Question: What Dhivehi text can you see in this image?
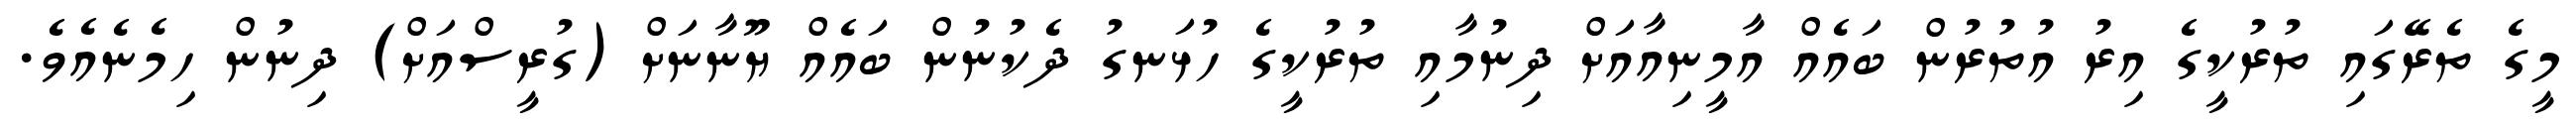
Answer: މީގެ ތެރޭގައި ތުރުކީގެ އިރު އުތުރުން ބައެއް އާމީނިއާއަށް ދިނުމާއި ތުރުކީގެ ހުޅަނގު ދެކުނުން ބައެއް ޔޫނާނަށް (ގުރީސްއަށް) ދިނުން ހިމެނެއެވެ.